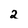
Character: 2